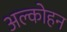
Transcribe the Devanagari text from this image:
अल्कोहन